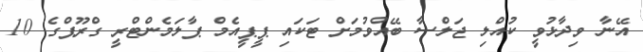
އޭނާ ވިދާޅުވީ ކުއްލި ޖަލްސާ ބޭއްވުމަށް ޓަކައި ޕީޕީއެމް ޕާލަމެންޓްރީ ގްރޫޕްގެ 10